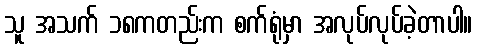
သူ အသက် ၁၈ကတည်းက စက်ရုံမှာ အလုပ်လုပ်ခဲ့တာပါ။